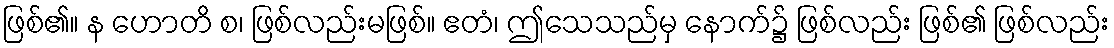
ဖြစ်၏။ န ဟောတိ စ၊ ဖြစ်လည်းမဖြစ်။ ဧတံ၊ ဤသေသည်မှ နောက်၌ ဖြစ်လည်း ဖြစ်၏ ဖြစ်လည်း